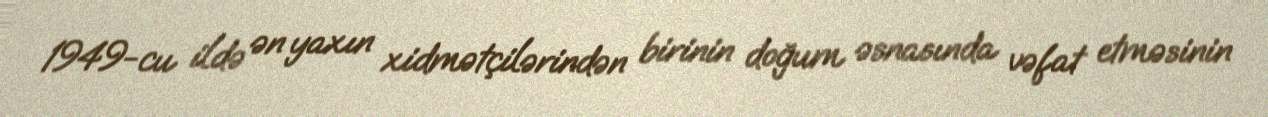
1949-cu ildə ən yaxın xidmətçilərindən birinin doğum əsnasında vəfat etməsinin